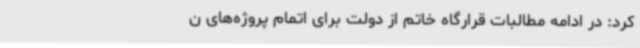
کرد: در ادامه مطالبات قرارگاه خاتم از دولت برای اتمام پروژه‌های ن